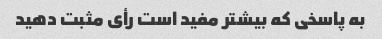
به پاسخی که بیشتر مفید است رأی مثبت دهید